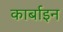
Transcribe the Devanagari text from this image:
कार्बाइन